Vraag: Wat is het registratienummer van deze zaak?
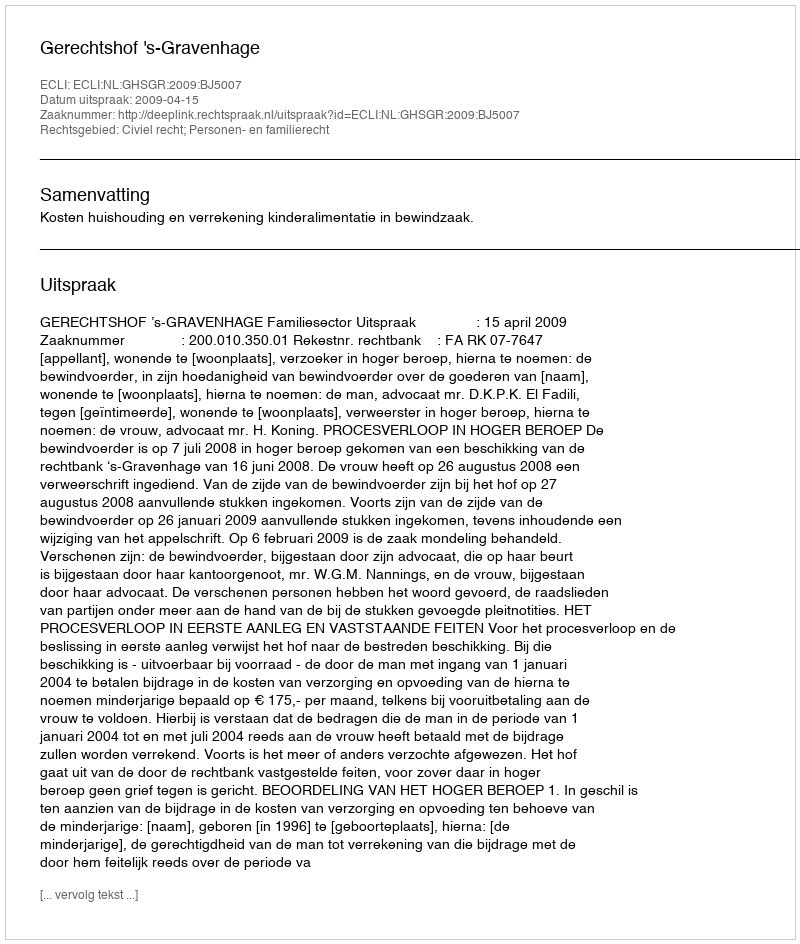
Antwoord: http://deeplink.rechtspraak.nl/uitspraak?id=ECLI:NL:GHSGR:2009:BJ5007